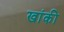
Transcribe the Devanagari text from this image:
खांकी